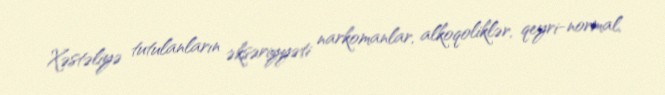
Xəstəliyə tutulanların əksəriyyəti narkomanlar, alkoqoliklər, qeyri-normal,